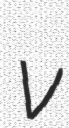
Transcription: v